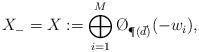
LaTeX: \begin{align*}X_-=X:=\bigoplus_{i=1}^M\O_{\P(\vec d)}(-w_i),\end{align*}